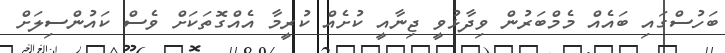
ބަހުސްގައި ބައެއް މެމްބަރުން ވިދާޅުވީ ޖިނާއީ ކުށެއް ކުރީމާ އެއްގޮތަކަށް ވެސް ކައުންސިލަށް